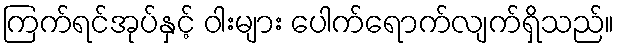
ကြက်ရင်အုပ်နှင့် ဝါးများ ပေါက်ရောက်လျက်ရှိသည်။